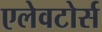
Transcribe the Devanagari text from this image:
एलेवटोर्स